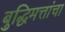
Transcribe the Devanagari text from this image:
बुद्धिमत्तांचा